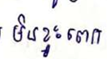
មិនខ្វះពេក